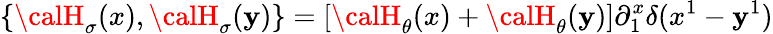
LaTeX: \{ {\calH}_{\sigma}(x),{\calH}_{\sigma}(\mathbf{y})\} =[{\calH}_{\theta}(x)+{\calH}_{\theta}(\mathbf{y})]\partial_{1}^{x}\delta(x^{1}-\mathbf{y}^{1})